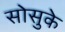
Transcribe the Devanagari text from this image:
सोसुके